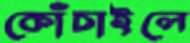
কোঁচাইলে